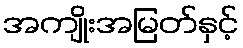
အကျိုးအမြတ်နှင့်